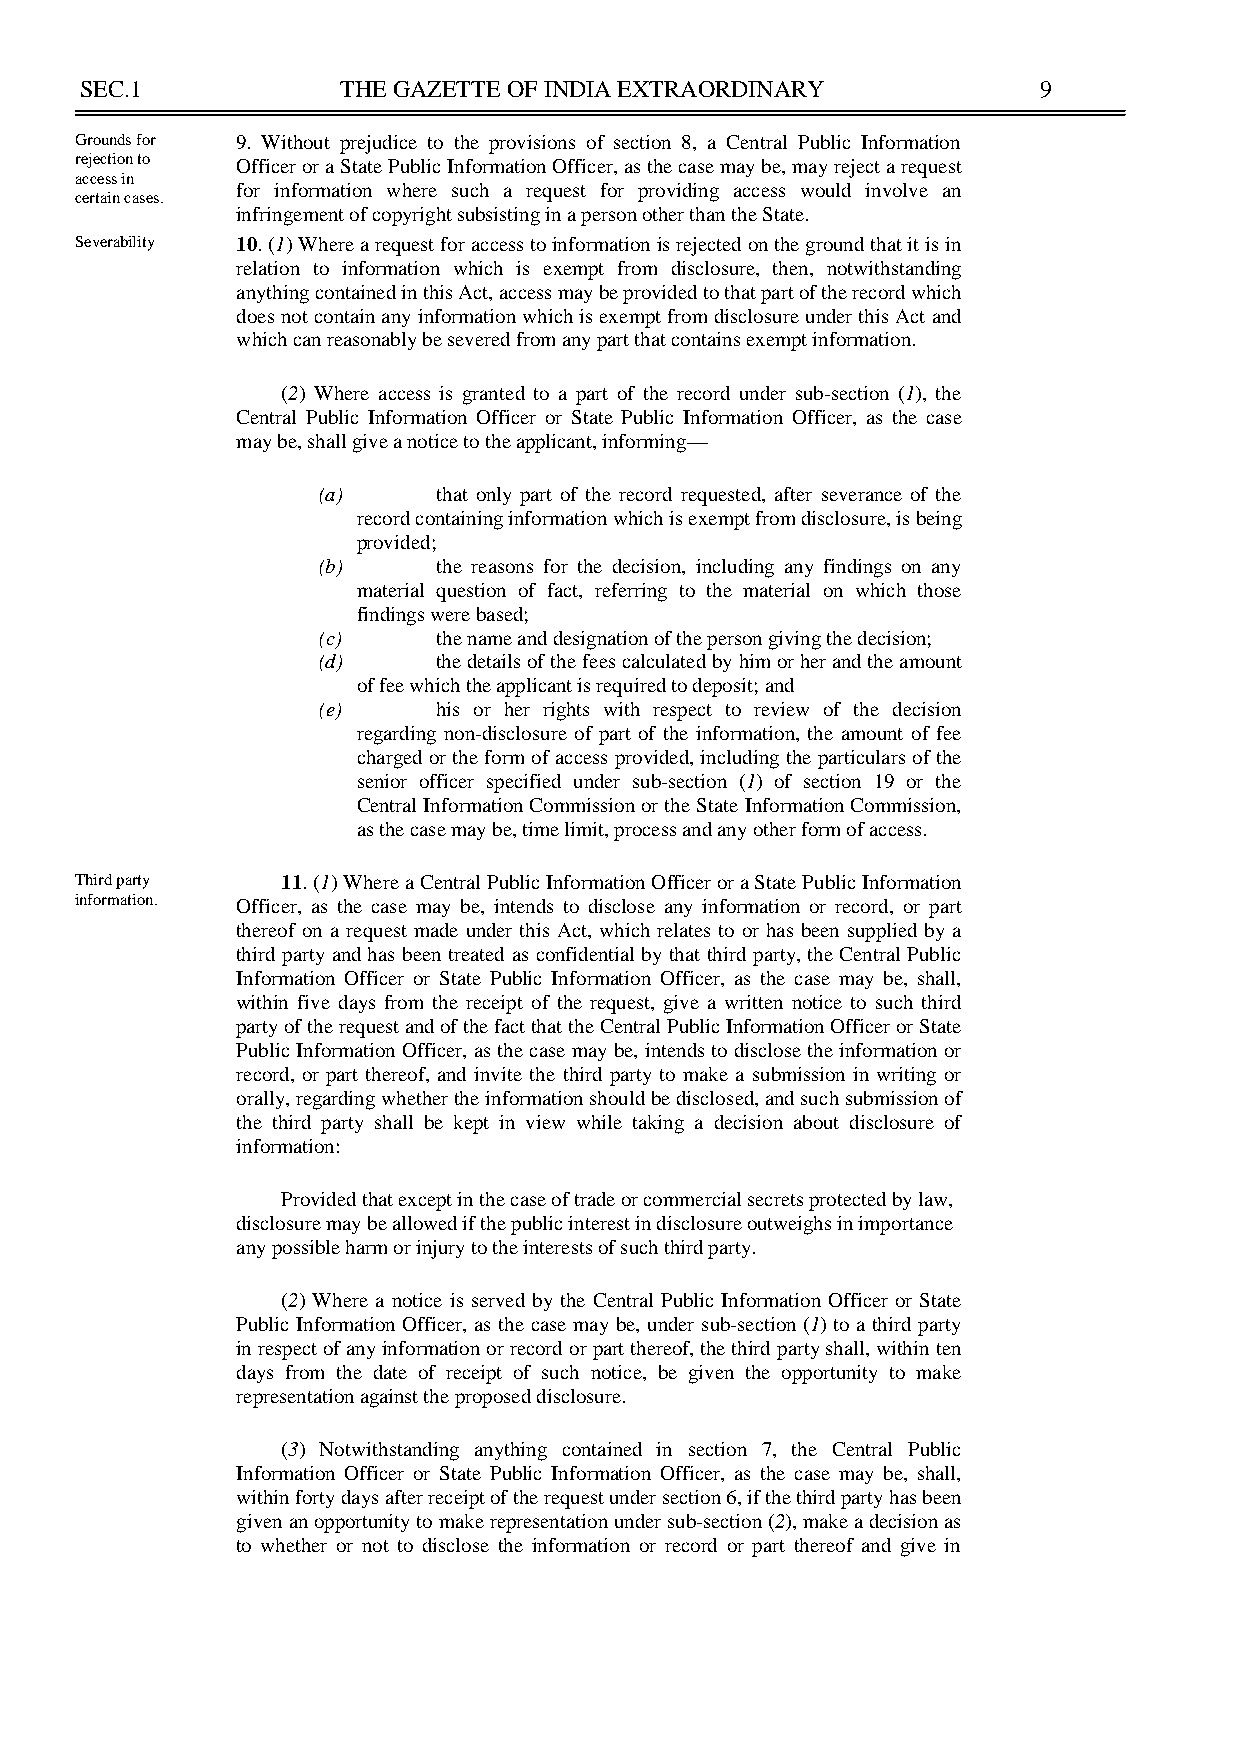
SEC.1             THE GAZETTE OF INDIA EXTRAORDINARY            9
 Grounds for 9. Without prejudice to the provisions of section 8, a Central Public Information
 rejection to Officer or a State Public Information Officer, as the case may be, may reject a request
 access in
 for information where such a request for providing access would involve an
 certain cases.
 infringement of copyright subsisting in a person other than the State.
 Severability 10. (1) Where a request for access to information is rejected on the ground that it is in
 relation to information which is exempt from disclosure, then, notwithstanding
 anything contained in this Act, access may be provided to that part of the record which
 does not contain any information which is exempt from disclosure under this Act and
 which can reasonably be severed from any part that contains exempt information.
 (2) Where access is granted to a part of the record under sub-section (1), the
 Central Public Information Officer or State Public Information Officer, as the case
 may be, shall give a notice to the applicant, informing—
 (a)     that only part of the record requested, after severance of the
 record containing information which is exempt from disclosure, is being
 provided;
 (b)     the reasons for the decision, including any findings on any
 material question of fact, referring to the material on which those
 findings were based;
 (c)     the name and designation of the person giving the decision;
 (d)     the details of the fees calculated by him or her and the amount
 of fee which the applicant is required to deposit; and
 (e)     his or her rights with respect to review of the decision
 regarding non-disclosure of part of the information, the amount of fee
 charged or the form of access provided, including the particulars of the
 senior officer specified under sub-section (1) of section 19 or the
 Central Information Commission or the State Information Commission,
 as the case may be, time limit, process and any other form of access.
 Third party   11. (1) Where a Central Public Information Officer or a State Public Information
 information. Officer, as the case may be, intends to disclose any information or record, or part
 thereof on a request made under this Act, which relates to or has been supplied by a
 third party and has been treated as confidential by that third party, the Central Public
 Information Officer or State Public Information Officer, as the case may be, shall,
 within five days from the receipt of the request, give a written notice to such third
 party of the request and of the fact that the Central Public Information Officer or State
 Public Information Officer, as the case may be, intends to disclose the information or
 record, or part thereof, and invite the third party to make a submission in writing or
 orally, regarding whether the information should be disclosed, and such submission of
 the third party shall be kept in view while taking a decision about disclosure of
 information:
 Provided that except in the case of trade or commercial secrets protected by law,
 disclosure may be allowed if the public interest in disclosure outweighs in importance
 any possible harm or injury to the interests of such third party.
 (2) Where a notice is served by the Central Public Information Officer or State
 Public Information Officer, as the case may be, under sub-section (1) to a third party
 in respect of any information or record or part thereof, the third party shall, within ten
 days from the date of receipt of such notice, be given the opportunity to make
 representation against the proposed disclosure.
 (3) Notwithstanding anything contained in section 7, the Central Public
 Information Officer or State Public Information Officer, as the case may be, shall,
 within forty days after receipt of the request under section 6, if the third party has been
 given an opportunity to make representation under sub-section (2), make a decision as
 to whether or not to disclose the information or record or part thereof and give in